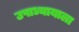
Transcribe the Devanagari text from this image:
उपाध्यायाला